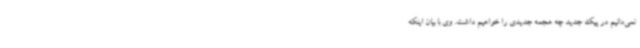
نمی‌دانیم در پیک جدید چه هجمه جدیدی را خواهیم داشت. وی با بیان اینکه